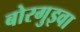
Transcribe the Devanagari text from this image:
बोरगुइवा